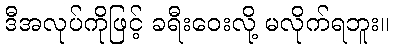
ဒီအလုပ်ကိုဖြင့် ခရီးဝေးလို့ မလိုက်ရဘူး။